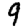
Digit: 9